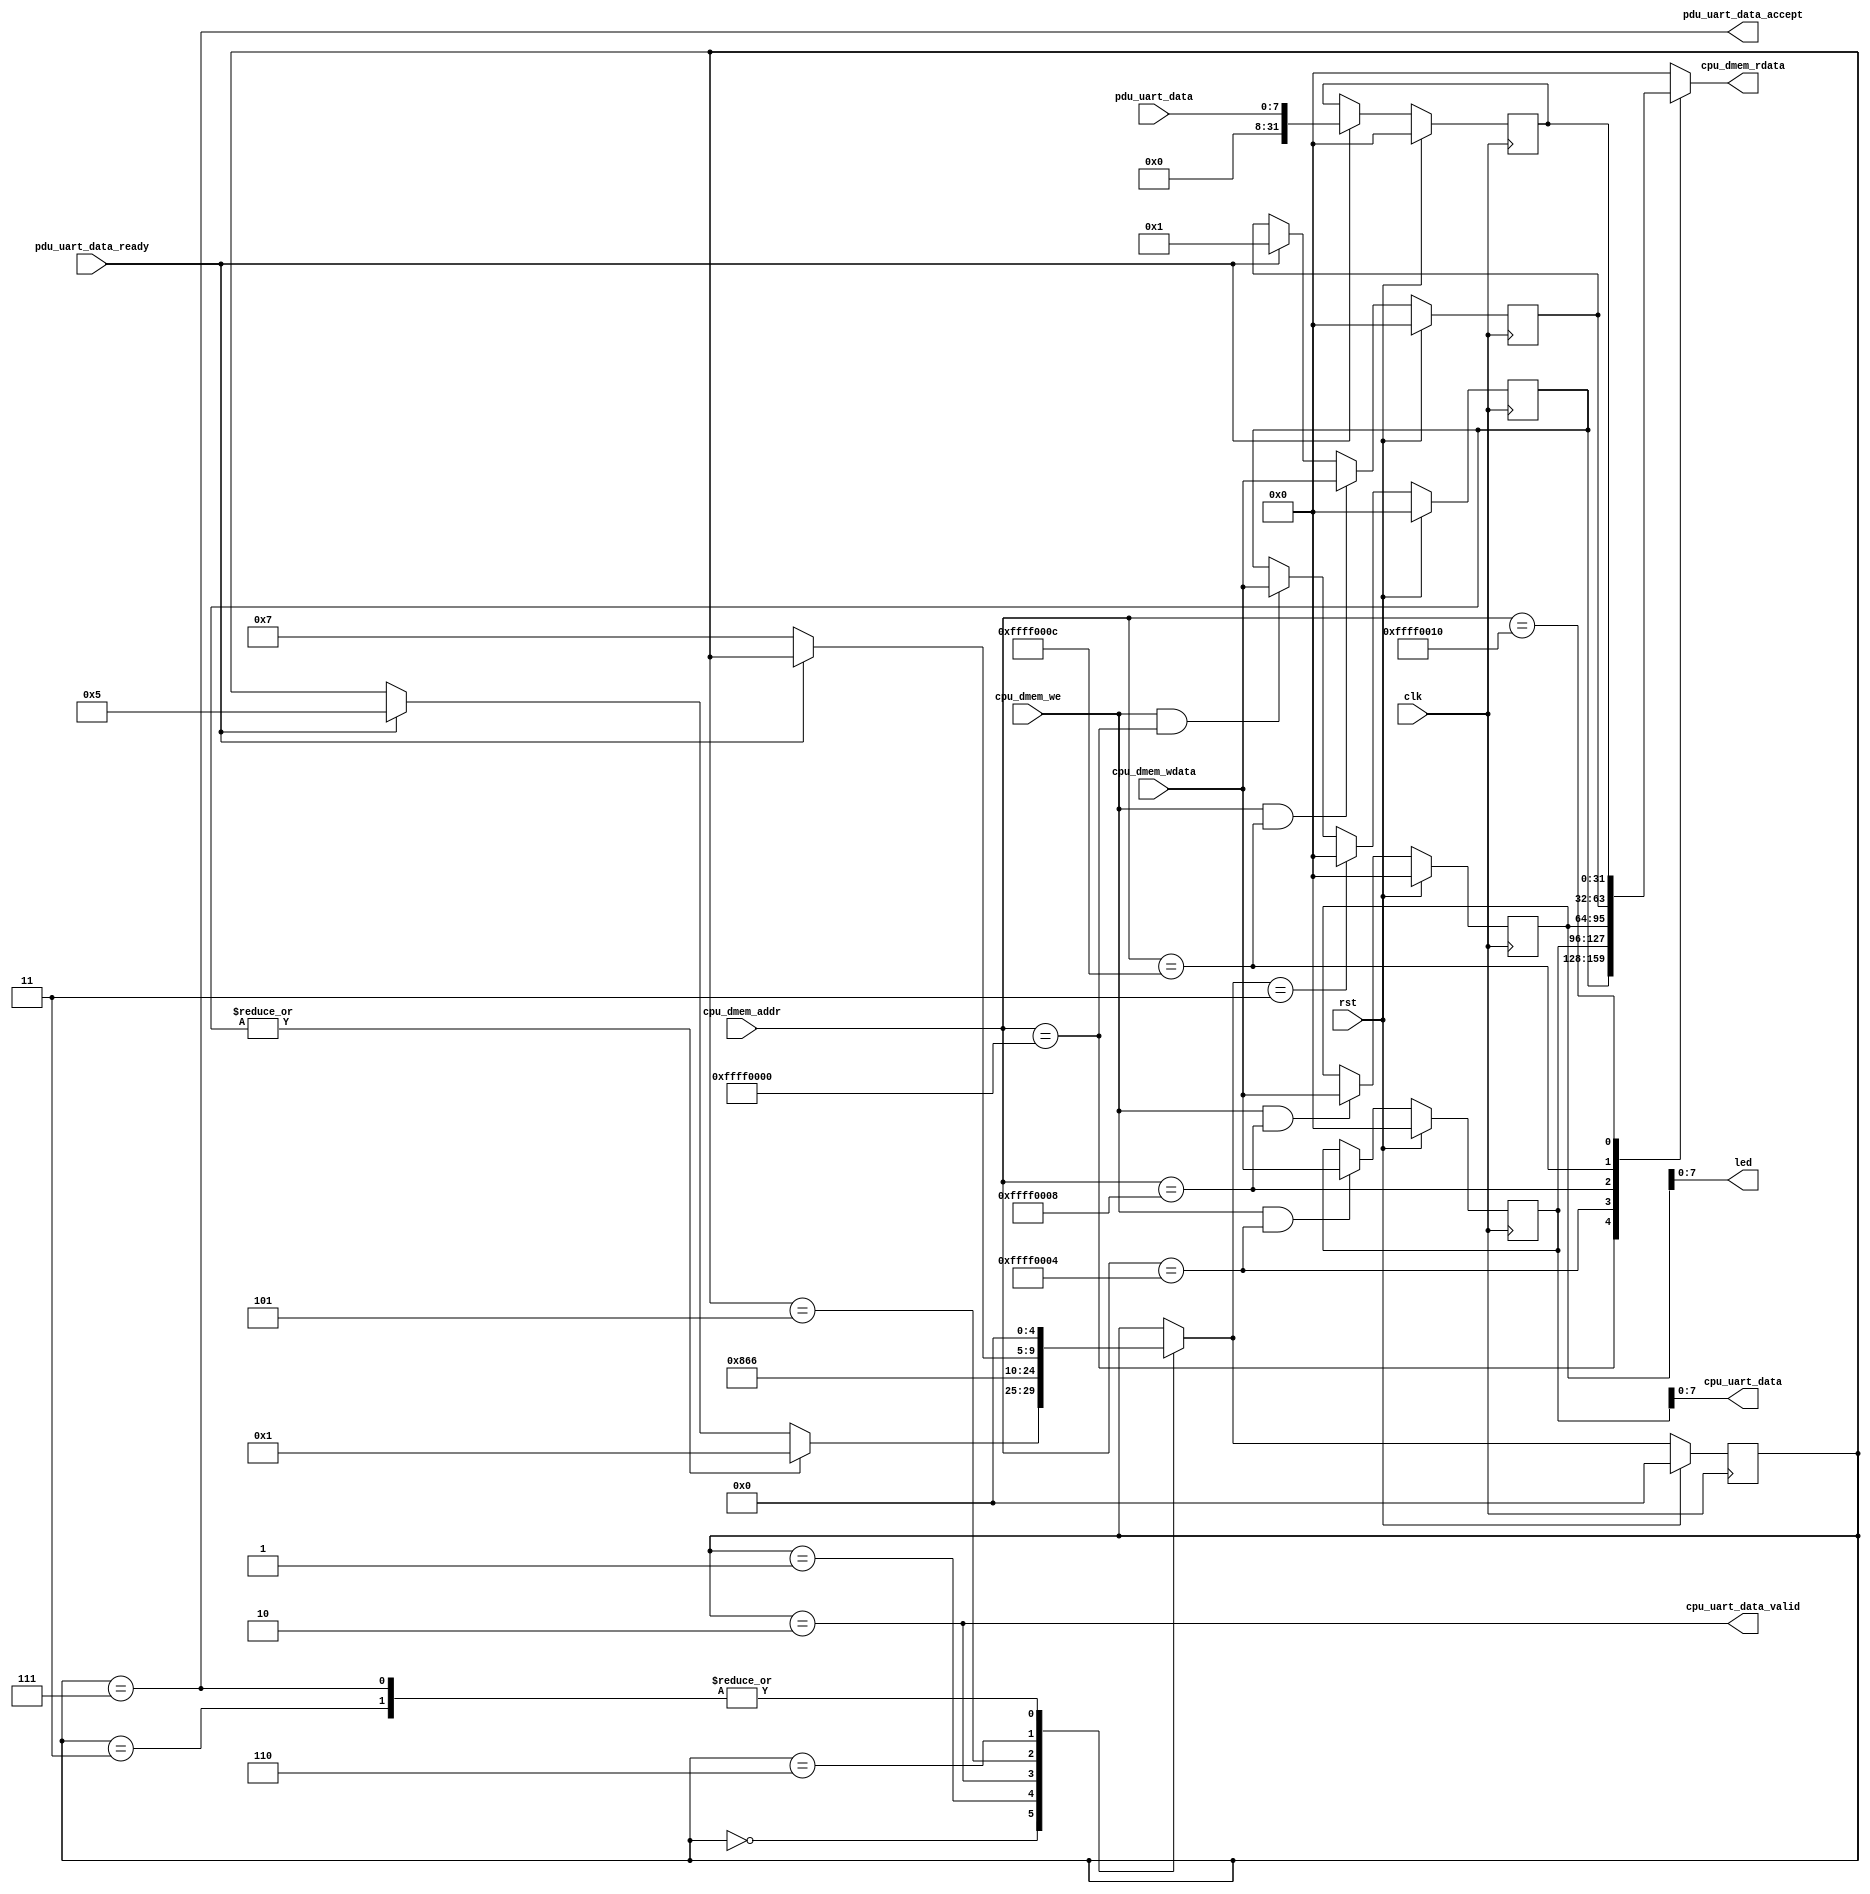
module MMIO (
    input                   [ 0 : 0]            clk                     ,
    input                   [ 0 : 0]            rst                     ,    

    // CPU
    input                   [31 : 0]            cpu_dmem_addr           ,       
    output          reg     [31 : 0]            cpu_dmem_rdata          ,
    input                   [ 0 : 0]            cpu_dmem_we             ,
    input                   [31 : 0]            cpu_dmem_wdata          ,

    // PDU
    input                   [ 0 : 0]            pdu_uart_data_ready     ,
    input                   [ 7 : 0]            pdu_uart_data           ,
    output          reg     [ 0 : 0]            pdu_uart_data_accept    ,

    output          reg     [ 0 : 0]            cpu_uart_data_valid     ,
    output                  [ 7 : 0]            cpu_uart_data           ,


    // LED
    output                  [ 7 : 0]            led
);

    // FSM
    localparam WAIT                     =   0;
    localparam CPU_UART_VALID           =   1;
    localparam CPU_UART_SEND_DATA       =   2;
    localparam CPU_UART_CLEAR_VALID     =   3;

    localparam PDU_UART_READY           =   5;
    localparam PDU_UART_WAIT            =   6;
    localparam PDU_UART_DATA_READ       =   7;

    
    // ADDRESS
    localparam  ADDR_CPU_UART_VALID  = 32'HFFFF0000;     // CPU R&W, PDU R&W
    localparam  ADDR_CPU_UART_DATA   = 32'HFFFF0004;     // CPU R&W, PDU R
    localparam  ADDR_CPU_LED         = 32'HFFFF0008;     // CPU R&W
    localparam  ADDR_PDU_UART_READY  = 32'HFFFF000C;     // CPU R&W, PDU R&W
    localparam  ADDR_PDU_UART_DATA   = 32'HFFFF0010;     // CPU R, PDU R&W


    reg [31 : 0]    cpu_uart_valid_reg      ;       // 0xFFFF0000
    reg [31 : 0]    cpu_uart_data_reg       ;       // 0xFFFF0004
    reg [31 : 0]    cpu_led_reg             ;       // 0xFFFF0008
    reg [31 : 0]    pdu_uart_ready_reg      ;       // 0xFFFF000C
    reg [31 : 0]    pdu_uart_data_reg       ;       // 0xFFFF0010



    reg [4 : 0] mmio_cs, mmio_ns;
    always @(posedge clk) begin
        if (rst)
            mmio_cs <= WAIT;
        else
            mmio_cs <= mmio_ns;
    end

    always @(*) begin
        mmio_ns = mmio_cs;

        case (mmio_cs)
            WAIT:
                if (|cpu_uart_valid_reg)
                    mmio_ns = CPU_UART_VALID;
                else if (pdu_uart_data_ready)
                    mmio_ns = PDU_UART_READY;

            CPU_UART_VALID:
                mmio_ns = CPU_UART_SEND_DATA;

            CPU_UART_SEND_DATA:
                mmio_ns = CPU_UART_CLEAR_VALID;

            CPU_UART_CLEAR_VALID:
                mmio_ns = WAIT;

            PDU_UART_READY:
                mmio_ns = PDU_UART_WAIT;

            PDU_UART_WAIT:
                if (pdu_uart_data_ready == 0)
                    mmio_ns = PDU_UART_DATA_READ;
                
            PDU_UART_DATA_READ:
                mmio_ns = WAIT;
            
        endcase
    end


    assign cpu_uart_data = cpu_uart_data_reg[7:0];
    always @(*) begin
        cpu_uart_data_valid     = (mmio_cs == CPU_UART_SEND_DATA);
        pdu_uart_data_accept    = (mmio_cs == PDU_UART_DATA_READ);
    end
    assign led = cpu_led_reg[7:0];


    always @(*) begin
        case (cpu_dmem_addr)
            ADDR_CPU_UART_VALID: cpu_dmem_rdata = cpu_uart_valid_reg ;
            ADDR_CPU_UART_DATA:  cpu_dmem_rdata = cpu_uart_data_reg  ;
            ADDR_CPU_LED:        cpu_dmem_rdata = cpu_led_reg        ;        
            ADDR_PDU_UART_READY: cpu_dmem_rdata = pdu_uart_ready_reg ;
            ADDR_PDU_UART_DATA:  cpu_dmem_rdata = pdu_uart_data_reg  ;
            default:        cpu_dmem_rdata = 0;    
        endcase
    end

    always @(posedge clk) begin
        if (rst)
            cpu_uart_valid_reg <= 0;
        else if (mmio_ns == CPU_UART_CLEAR_VALID)
            cpu_uart_valid_reg <= 0;
        else if (cpu_dmem_we && cpu_dmem_addr == ADDR_CPU_UART_VALID)
            cpu_uart_valid_reg <= cpu_dmem_wdata;
        
    end

    always @(posedge clk) begin
        if (rst)
            cpu_uart_data_reg <= 0;
        else if (cpu_dmem_we && cpu_dmem_addr == ADDR_CPU_UART_DATA)
            cpu_uart_data_reg <= cpu_dmem_wdata;
    end

    always @(posedge clk) begin
        if (rst)
            cpu_led_reg <= 0;
        else if (cpu_dmem_we && cpu_dmem_addr == ADDR_CPU_LED)
            cpu_led_reg <= cpu_dmem_wdata;
    end

    always @(posedge clk) begin
        if (rst)
            pdu_uart_data_reg <= 0;
        else if (pdu_uart_data_ready)
            pdu_uart_data_reg <= {24'B0, pdu_uart_data};
    end

    always @(posedge clk) begin
        if (rst)
            pdu_uart_ready_reg <= 0;
        else if (cpu_dmem_we && cpu_dmem_addr == ADDR_PDU_UART_READY)
            pdu_uart_ready_reg <= cpu_dmem_wdata;
        else if (pdu_uart_data_ready)
            pdu_uart_ready_reg <= 1;

    end

endmodule